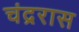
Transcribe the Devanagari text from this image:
चंद्ररास